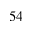
_ { 5 4 }